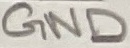
Text: GND